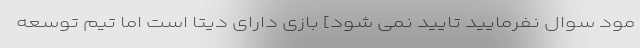
مود سوال نفرمایید تایید نمی شود] بازی دارای دیتا است اما تیم توسعه